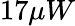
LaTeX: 17\mu W